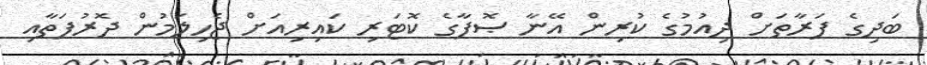
ބަދިގެ ފަރާތަށް ދިއުމުގެ ކުރިން އޭނާ ޞޮފާގެ ކޮޓަރި ކައިރިއަށް ޖެހިލަމުން ދޮރުފަތާއި